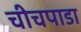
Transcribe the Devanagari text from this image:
चीचपाडा